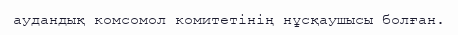
аудандық комсомол комитетінің нұсқаушысы болған.